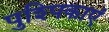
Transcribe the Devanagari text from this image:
पुश्पिकाएं